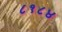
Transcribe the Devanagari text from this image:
८१८४